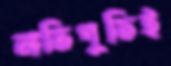
নাতিপুতিই